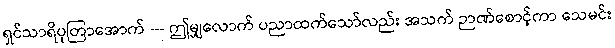
ရှင်သာရိပုတြာအောက် --- ဤမျှလောက် ပညာထက်သော်လည်း အသက် ဉာဏ်စောင့်ကာ သေမင်း